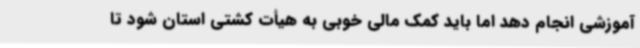
آموزشی انجام دهد اما باید کمک مالی خوبی به هیأت کشتی استان شود تا